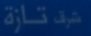
شَقْ تازَة